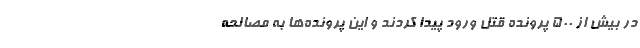
در بیش از ۵۰۰ پرونده قتل ورود پیدا کردند و این پرونده‌ها به مصالحه